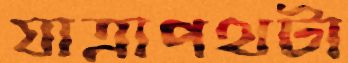
যাত্রাপথটা